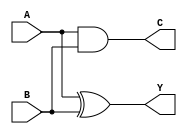
module HALF_ADDER(Y,C,A,B);
output Y,C;
input A,B;

// TBD
xor inst1(Y,A,B);
and inst2(C,A,B);

endmodule